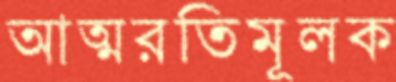
আত্মরতিমূলক